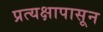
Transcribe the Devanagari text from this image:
प्रत्यक्षापासून